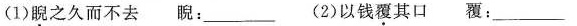
(1)睨之久而不去睨：___ (2)以钱覆其口覆：___